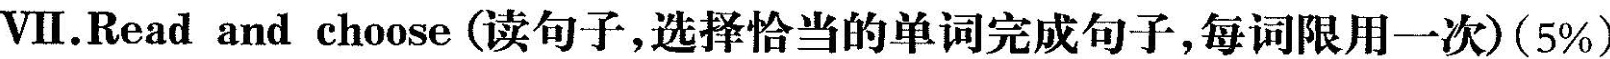
VII.Read and choose (读句子,选择恰当的单词完成句子,每词限用一次)(5%)